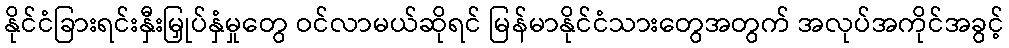
နိုင်ငံခြားရင်းနှီးမြှုပ်နှံမှုတွေ ဝင်လာမယ်ဆိုရင် မြန်မာနိုင်ငံသားတွေအတွက် အလုပ်အကိုင်အခွင့်